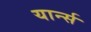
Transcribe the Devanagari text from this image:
यार्न्स